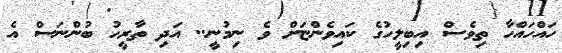
ހައްހައްހާ ތިވެސް އިބިލީހުގެ ކައިވެންޏަށް ވެ ނިމުނީ.. އަދި ތާރީހު ބުންނަސް އެ